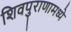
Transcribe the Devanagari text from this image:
शिवपुराणामध्ये